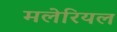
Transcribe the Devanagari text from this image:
मलेरियल